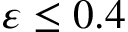
\varepsilon \leq 0 . 4